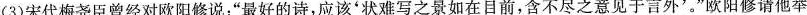
(3)宋代梅尧臣曾经对欧阳修说：”最好的诗，应该'状难写之景如在目前，含不尽之意见于言外'。”欧阳修请他举